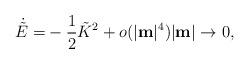
LaTeX: \begin{align*}\dot{\tilde E}=& -\frac{1}{2}\tilde K^2 + o(|\mathbf{m}|^4) |\mathbf{m}| \rightarrow 0,\end{align*}